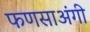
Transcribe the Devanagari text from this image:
फणसाअंगी